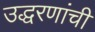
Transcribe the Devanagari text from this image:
उद्धरणांची